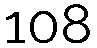
108